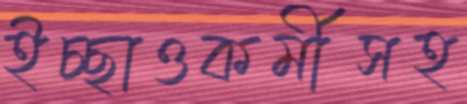
ইচ্ছাওকর্মীসহ